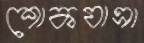
শোকযাত্রা